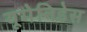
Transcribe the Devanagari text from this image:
यूमेनिडेस